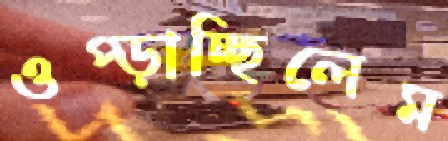
ওপ্‌ড়াচ্ছিলেম